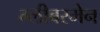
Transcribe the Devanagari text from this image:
ग्लीबरमेन